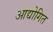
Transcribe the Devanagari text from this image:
आद्योगित